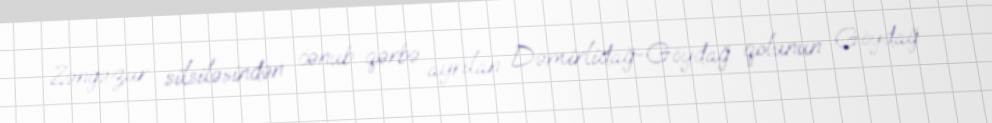
Zəngəzur silsiləsindən cənub-qərbə ayrılan Dəmirlidağ-Göydağ qolunun Göydağ